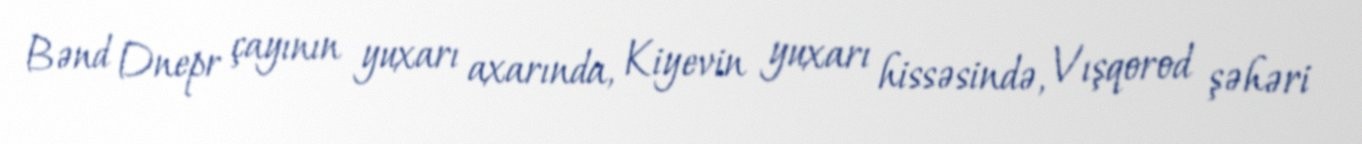
Bənd Dnepr çayının yuxarı axarında, Kiyevin yuxarı hissəsində, Vışqorod şəhəri